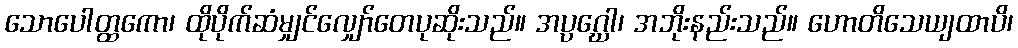
သောပေါတ္ထကော၊ ထိုပိုက်ဆံမျှင်လျှော်တေပုဆိုးသည်။ အပ္ပဂ္ဃေါ၊ အဘိုးနည်းသည်။ ဟောတိသေယျထာပိ၊